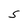
Character: S